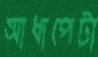
আধাপেটা